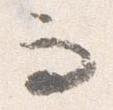
而